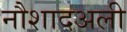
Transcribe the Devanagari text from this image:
नौशादअली